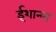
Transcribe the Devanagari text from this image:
ईशान्या